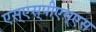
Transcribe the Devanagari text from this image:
एस्‌एस्‌पीएम्‌एस